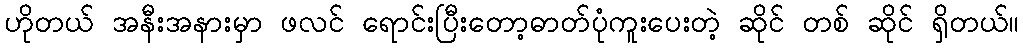
ဟိုတယ် အနီးအနားမှာ ဖလင် ရောင်းပြီးတော့ဓာတ်ပုံကူးပေးတဲ့ ဆိုင် တစ် ဆိုင် ရှိတယ်။